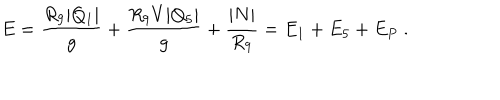
E = { \frac { R _ { 9 } | Q _ { 1 } | } { g } } + { \frac { R _ { 9 } V | Q _ { 5 } | } { g } } + { \frac { | N | } { R _ { 9 } } } = E _ { 1 } + E _ { 5 } + E _ { P } \ .